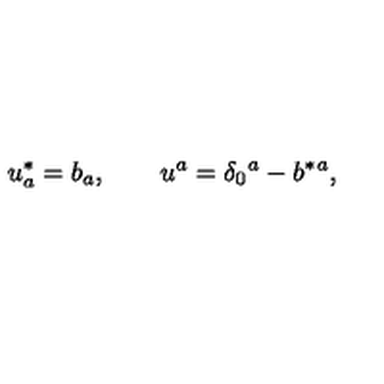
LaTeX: u _ { a } ^ { * } = b _ { a } , \qquad u ^ { a } = \delta _ { 0 } { } ^ { a } - b ^ { * } { } ^ { a } ,